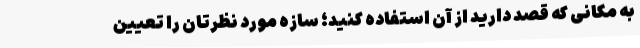
به مکانی که قصد دارید از آن استفاده کنید؛ سازه مورد نظرتان را تعیین